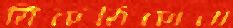
ঠিকঠিকানা